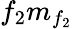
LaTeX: f_{2}m_{f_{2}}